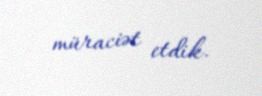
müraciət etdik.